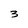
Character: 3